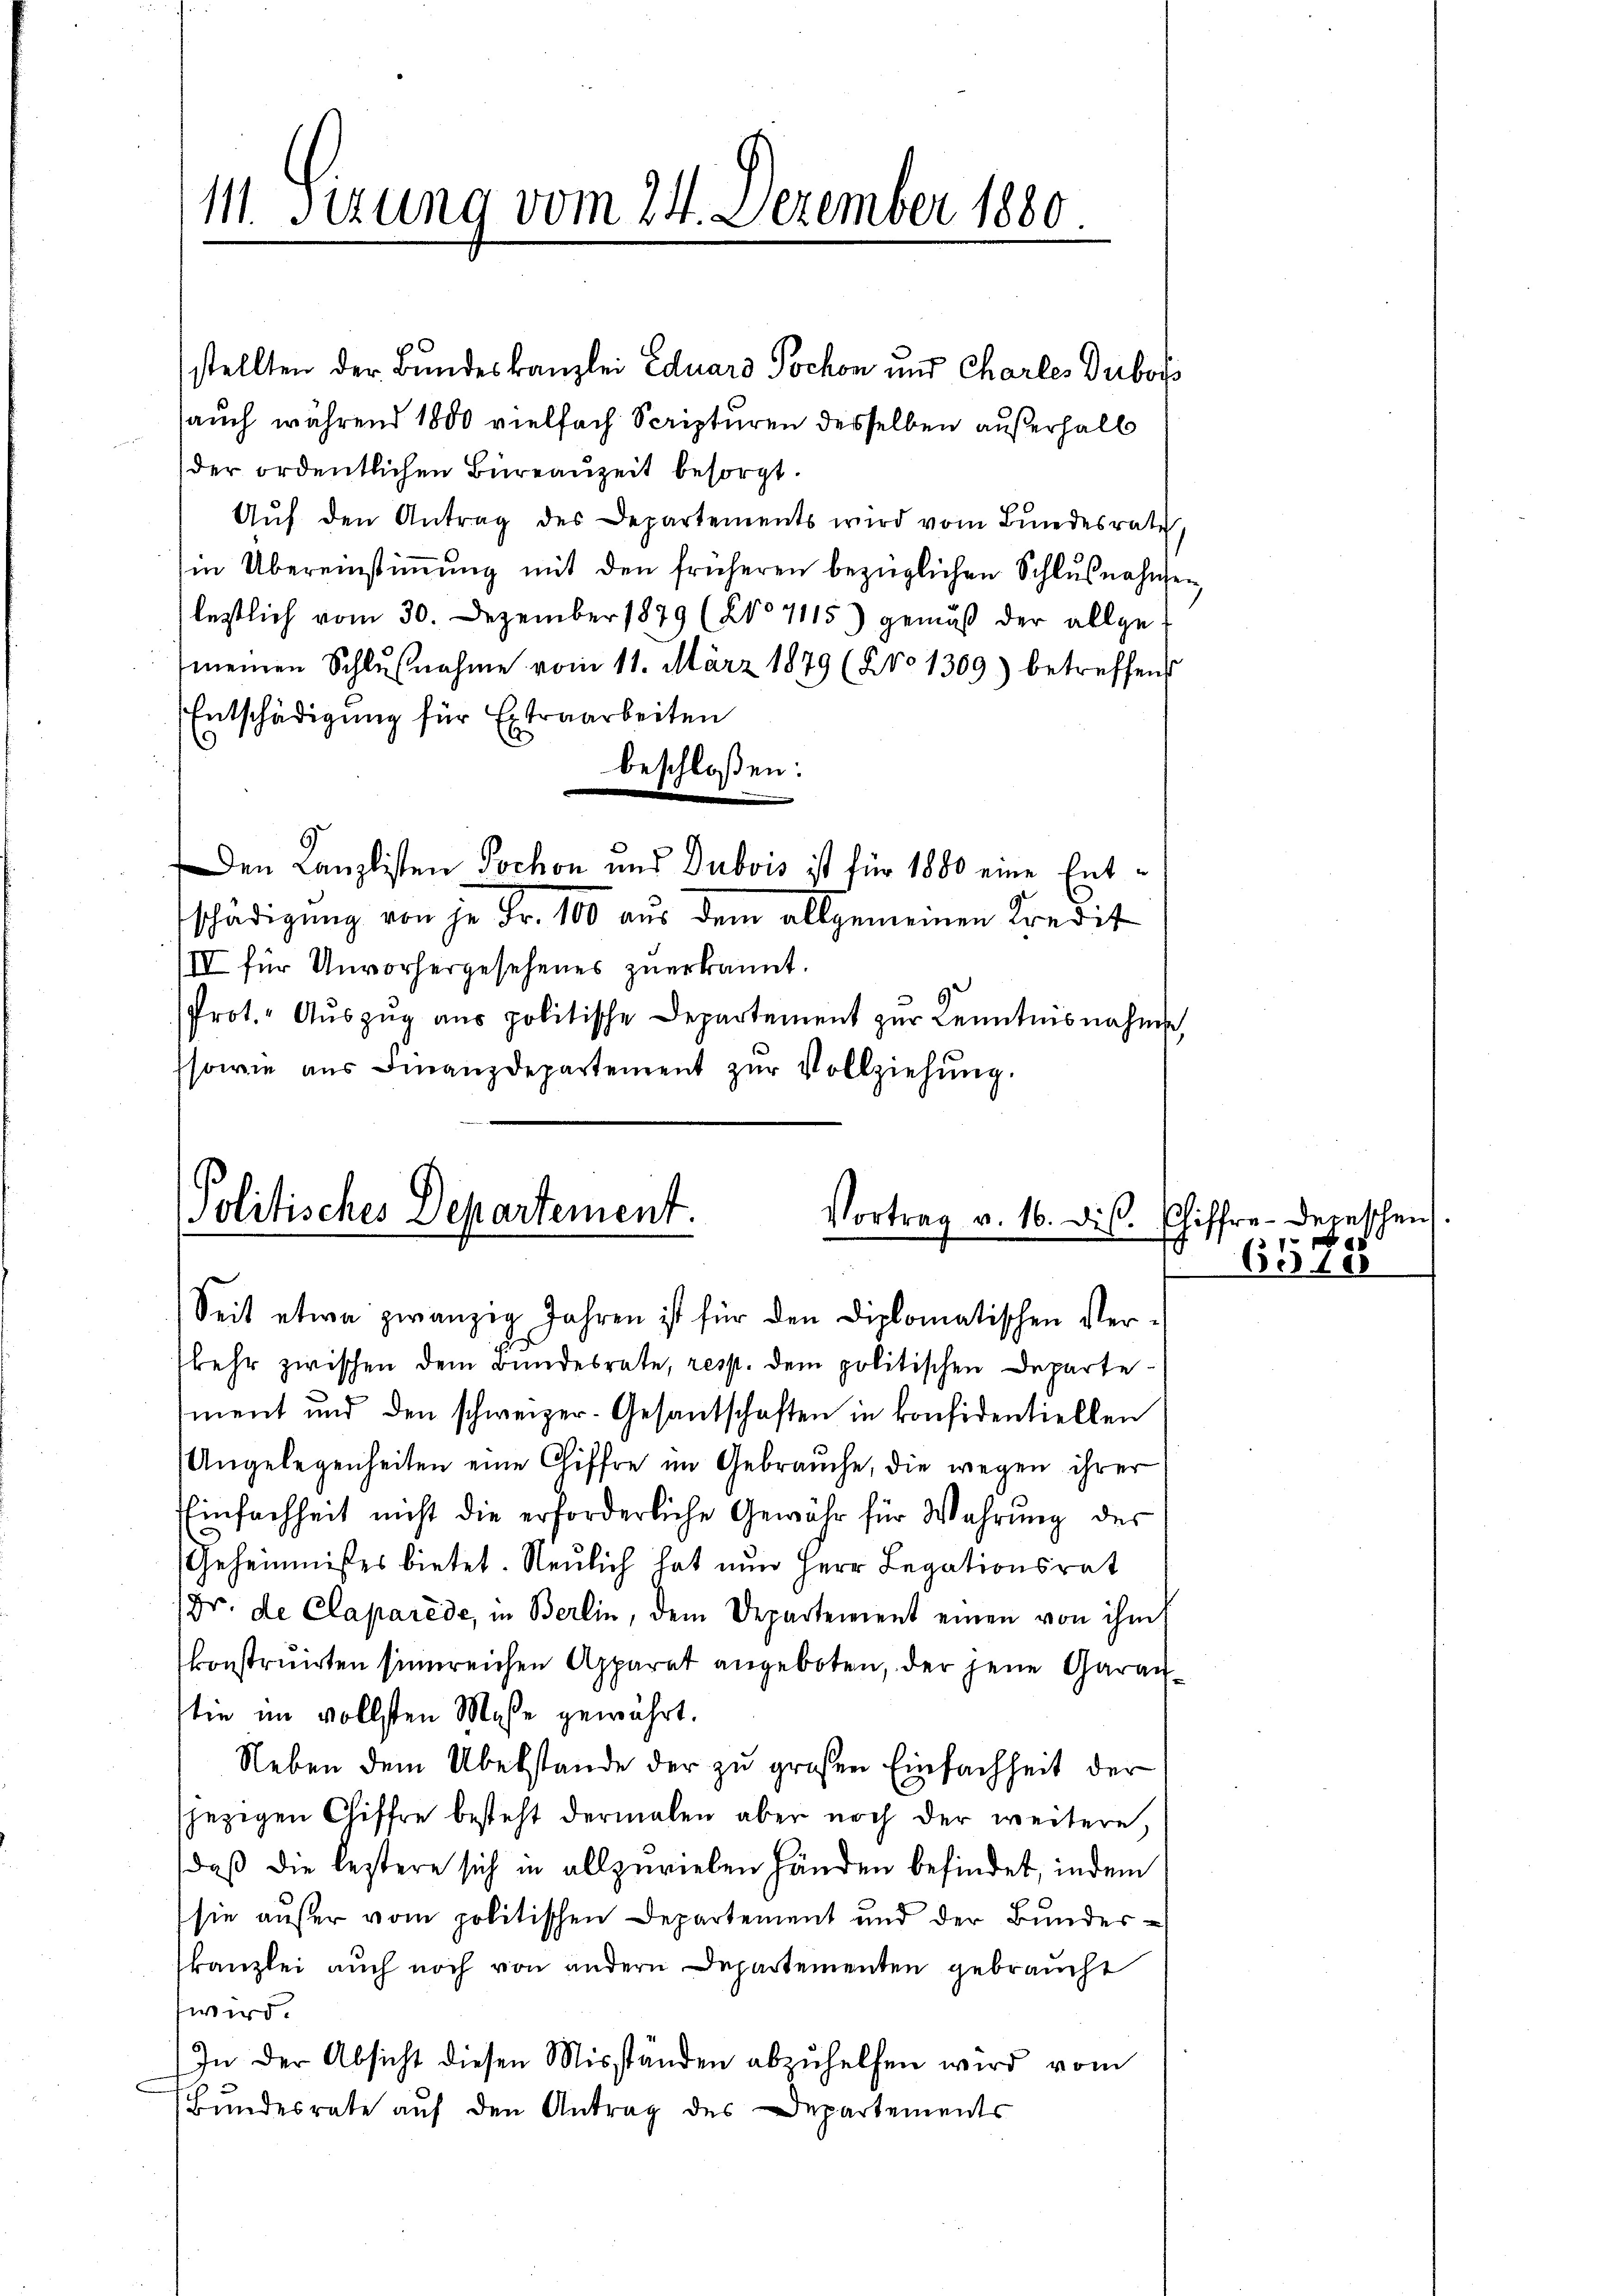
111. Sizung vom 24. Dezember 1880.

stellten der Bundeskanzlei Eduard Tochon und Charles Dubois
auch während 1800 vielfach Scripturen desselben außerhalb
der ordentlichen Büreauzeit besorgt.
Aŭf den Antrag des Departements wird vom Bundesrath,
in Übereinstimmung mit den früheren bezüglichen Schlußnahmen
lestlich vom 30. Dezember 1879 (NNo 7115) gemäß der allge-
meinen Schlŭβnahme vom 11. März 1879 (2101309) betreffens
Entschädigung für Extraarbeiten
9
beschloßen:
|
Den Canzlisten Jochon und Dubois ist für 1880 eine Entschädigung von je Fr. 100 aus dem allgemeinen Kredit
IV für Unvorhergesehenes zuerkannt.
Prot. Aŭszŭg ans politische Departement zŭr Kenntnisnahme,
sowie aus Finanzdepartement zŭr Vollziehung.

Politisches Departement.
Vortrag v. 16. dis.

Seit etwa zwanzig Jahren ist für den Diplomatischen Verkehr zwischen dem Bundesrate, resp. dem politischen Departement und den schweizer-Gesantschaften in konsidentiellen
Angelegenheiten eine Chiffre im Gebrauche, die wegen ihrer
Einfachheit nicht die erforderliche Gewähr für Wahrŭng des
Geheimnisses bietet. Neulich hat nun Herr Legationsrat
(Dr. de Claparede, in Berlin, dem Departement einen von ihm
konstruirten sinnreichen Apparat angeboten, der jene Garan
tie im vollsten Maße gewährt.
Neben dem Übelstande der zu großen Einfachheit der
jezigen Chiffre besteht dermalen aber noch der weitere,
daß die lestere sich in allzuvielen Händen befindet, indem
sie außer vom politischen Departement und der Bundeskanzlei auch noch von andern Departementen gebraucht
wird.
In der Absicht diesen Misständen abzuhelfen wird vom
Bundesrate auf den Antrag des Departements

Chiffre-Depes
88
6510